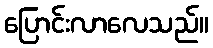
ပြောင်းလာလေသည်။